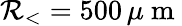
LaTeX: \mathcal{R}_{<}=500\, \mu\mathrm{{~m~}}